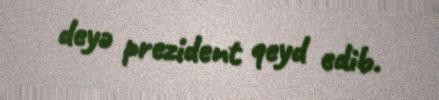
deyə prezident qeyd edib.